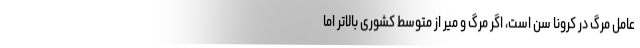
عامل مرگ در کرونا سن است، اگر مرگ و میر از متوسط کشوری بالاتر اما